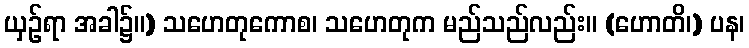
ယှဉ်ရာ အခါ၌။) သဟေတုကောစ၊ သဟေတုက မည်သည်လည်း။ (ဟောတိ၊) ပန၊